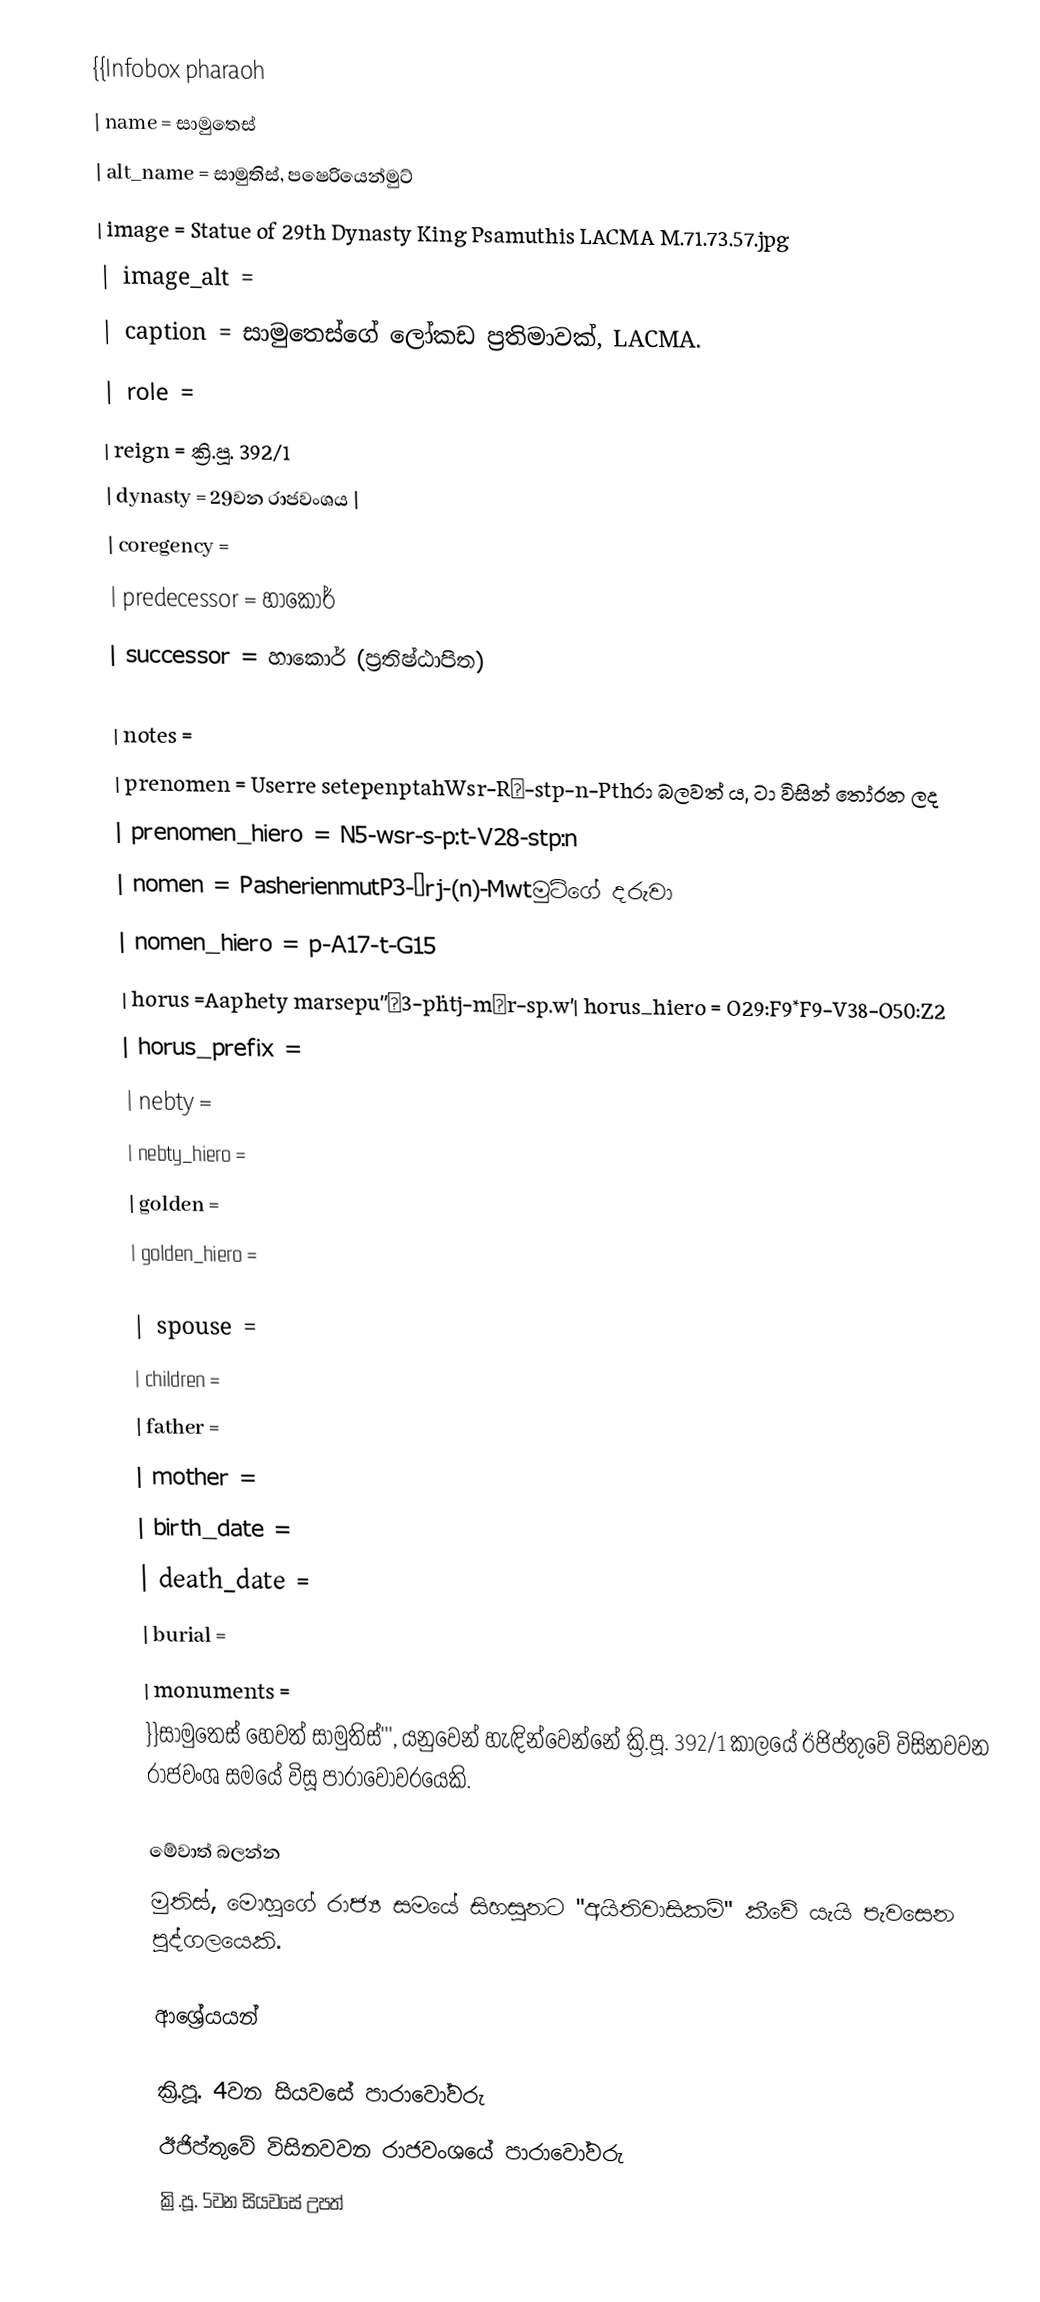
{{Infobox pharaoh
| name           = සාමුතෙස්
| alt_name       = සාමුතිස්, පෂෙරියෙන්මුට්
| image          = Statue of 29th Dynasty King Psamuthis LACMA M.71.73.57.jpg
| image_alt      =
| caption        = සාමුතෙස්ගේ ලෝකඩ ප්‍රතිමාවක්, LACMA.
| role           =
| reign          = ක්‍රි.පූ. 392/1
| dynasty        = 29වන රාජවංශය |
| coregency      =
| predecessor    = හාකොර්
| successor      = හාකොර් (ප්‍රතිෂ්ඨාපිත)

| notes          =
| prenomen       = Userre setepenptahWsr-Rˁ-stp-n-Pthරා බලවත් ය, ටා විසින් තෝරන ලද
| prenomen_hiero = N5-wsr-s-p:t-V28-stp:n
| nomen          = PasherienmutP3-šrj-(n)-Mwtමුට්ගේ දරුවා
| nomen_hiero    = p-A17-t-G15
| horus          =Aaphety marsepu''ˁ3-pḥtj-mˁr-sp.w'| horus_hiero    = O29:F9*F9-V38-O50:Z2
| horus_prefix   =
| nebty          =
| nebty_hiero    =
| golden         =
| golden_hiero   =

| spouse         =
| children       =
| father         =
| mother         =
| birth_date     =
| death_date     =
| burial         =
| monuments      =
}}සාමුතෙස් හෙවත් සාමුතිස්''', යනුවෙන් හැඳින්වෙන්නේ ක්‍රි.පූ. 392/1 කාලයේ ඊජිප්තුවේ විසිනවවන රාජවංශ සමයේ විසූ පාරාවෝවරයෙකි.

මේවාත් බලන්න
මුතිස්, මොහුගේ රාජ්‍ය සමයේ සිහසුනට "අයිතිවාසිකම්" කීවේ යැයි පැවසෙන පුද්ගලයෙකි.

ආශ්‍රේයයන්

ක්‍රි.පූ. 4වන සියවසේ පාරාවෝවරු
ඊජිප්තුවේ විසිනවවන රාජවංශයේ පාරාවෝවරු
ක්‍රි.පූ. 5වන සියවසේ උපත්